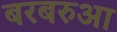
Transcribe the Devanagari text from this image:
बरबरुआ